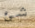
شئ